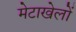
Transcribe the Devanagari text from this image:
मेटाखेलों